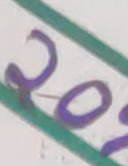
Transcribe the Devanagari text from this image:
२०